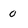
Character: o